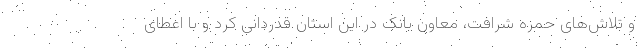
و تلاش‌های حمزه شرافت، معاون بانک در این استان قدردانی کرد و با اعطای